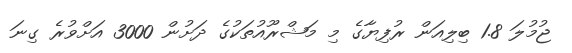
ޖުމުލަ 1.8 ބިލިއަން ރުފިޔާގެ މި މަޝްރޫއުތަކުގެ ދަށުން 3000 އަށްވުރެ ގިނަ